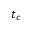
t _ { c }